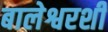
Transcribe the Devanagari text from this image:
बालेश्वरशी